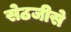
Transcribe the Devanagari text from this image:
सेठजीसे